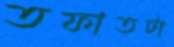
তফাতটা